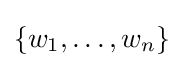
\{w_{1},\dotsc ,w_{n}\}